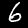
Label: 6